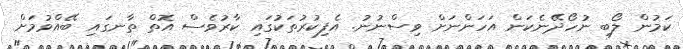
ކަމުން ލޯބި ނުހޯދޭނެކަން އަހަންނަށް ވިސްނުނު. އެފިކުރުތަކުގައި ކާރުވެސް އޮތް ތާނގައި ބޭއްވުމަށް